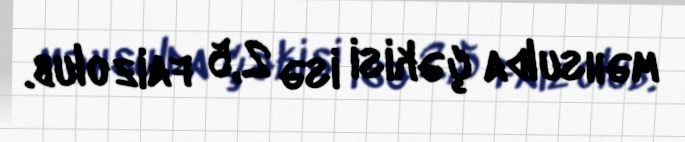
məhsulda çəkisi isə 2,5 faiz olub.